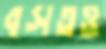
বসতও